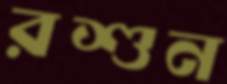
রশুন